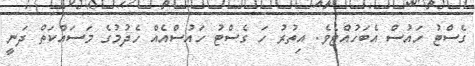
ގެސްޓު ހައުސް އެބަހުއްޓެވެ. އިތުރު ހަ ގެސްޓު ހައުސްއެއް ހެދުމުގެ މަސައްކަތް ދަނީ